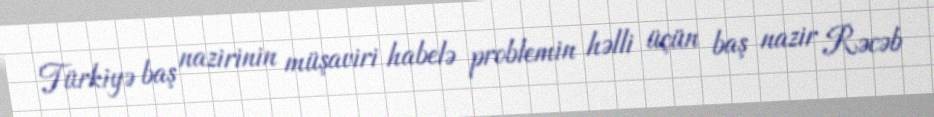
Türkiyə baş nazirinin müşaviri habelə problemin həlli üçün baş nazir Rəcəb